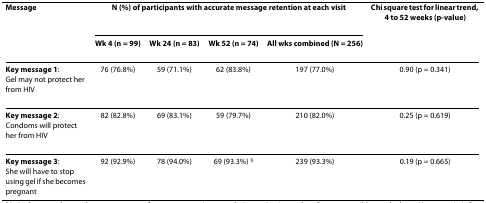
| Message | <COLSPAN=4> N (%) of participants with accurate message retention at each visit | Chi square test for linear trend, 4 to 52 weeks (p-value) |
 |  | Wk 4 (n = 99) | Wk 24 (n = 83) | Wk 52 (n = 74) | All wks combined (N = 256) |  |
 | --- | --- | --- | --- | --- | --- |
 | Key message 1:Gel may not protect her from HIV | 76 (76.8%) | 59 (71.1%) | 62 (83.8%) | 197 (77.0%) | 0.90 (p = 0.341) |
 | Key message 2:Condoms will protect her from HIV | 82 (82.8%) | 69 (83.1%) | 59 (79.7%) | 210 (82.0%) | 0.25 (p = 0.619) |
 | Key message 3:She will have to stop using gel if she becomes pregnant | 92 (92.9%) | 78 (94.0%) | 69 (93.3%) § | 239 (93.3%) | 0.19 (p = 0.665) |